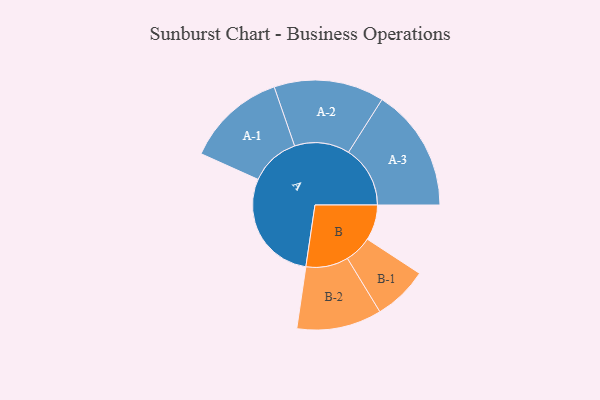
{"axis": {"x": "Segment", "y": "Value"}, "legend": ["", "A", "B"], "data": [{"x": "A", "y": 485, "type": ""}, {"x": "B", "y": 152, "type": ""}, {"x": "A-1", "y": 214, "type": "A"}, {"x": "A-2", "y": 236, "type": "A"}, {"x": "A-3", "y": 264, "type": "A"}, {"x": "B-1", "y": 117, "type": "B"}, {"x": "B-2", "y": 182, "type": "B"}]}